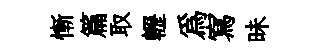
慚篇取轣為寫昧